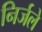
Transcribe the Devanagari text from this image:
निर्जले